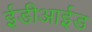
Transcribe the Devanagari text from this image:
ईडीआईड